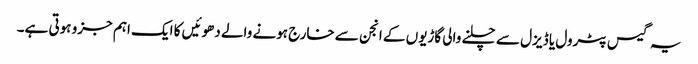
یہ گیس پٹرول یا ڈیزل سے چلنے والی گاڑیوں کے انجن سے خارج ہونے والے دھوئیں کا ایک اہم جزو ہوتی ہے۔